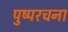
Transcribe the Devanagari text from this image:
पुष्परचना